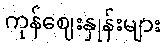
ကုန်ဈေးနှုန်းများ